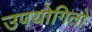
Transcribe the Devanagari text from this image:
उपयोगितो